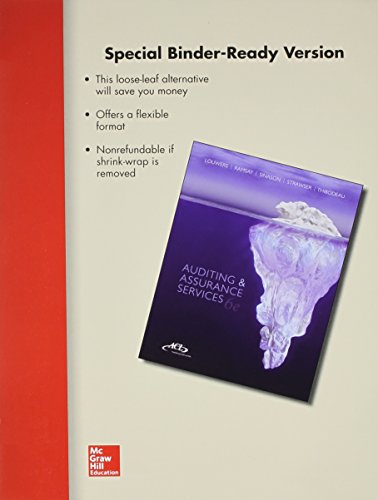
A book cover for Loose Leaf Auditing & Assurance Services with ACL Software Student CD-ROM and Connect Access Card; Timothy Louwers; Business & Money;